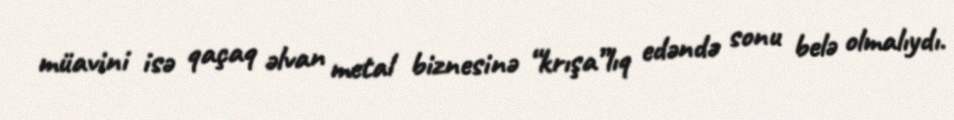
müavini isə qaçaq əlvan metal biznesinə “krışa”lıq edəndə sonu belə olmalıydı.